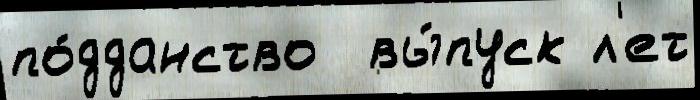
по́дданство  вы́пуск л'ет